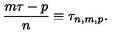
\frac { m \tau - p } { n } \equiv \tau _ { n , m , p } .